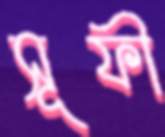
সূফী